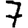
Digit: 7